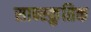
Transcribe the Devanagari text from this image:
सान्स्क्रुतिक